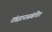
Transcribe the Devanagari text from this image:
तंत्रज्ञानासंबंधित